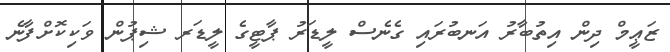
ޒަޢީމް ދިން އިތުބާރު އަނބުރައި ގެނެސް ލީޑަރު ޕާޓީގެ ލީޑަރ ޝިޕުން ވަކިކޮށްފާނެ